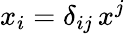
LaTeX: x_{i}=\delta_{ij}\, x^{j}